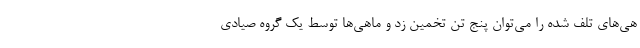
هی‌های تلف شده را می‌توان پنج تن تخمین زد و ماهی‌ها توسط یک گروه صیادی